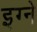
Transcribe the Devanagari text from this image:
इग्ने